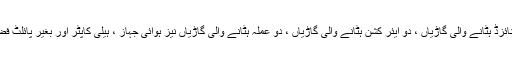
ٹی سی جی ایناڈولو چار میکانائزڈ ہٹانے والی گاڑیاں ، دو ایئر کشن ہٹانے والی گاڑیاں ، دو عملہ ہٹانے والی گاڑیاں نیز ہوائی جہاز ، ہیلی کاپٹر اور بغیر پائلٹ فضائی گاڑیاں لے کر چلیں گی۔